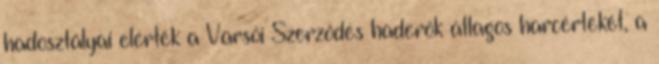
hadosztályai elérték a Varsói Szerződés haderők átlagos harcértékét, a